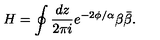
H = \oint { \frac { d z } { 2 \pi i } } e ^ { - 2 \phi / \alpha } \beta \bar { \beta } .